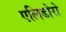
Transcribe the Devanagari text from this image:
एलिडोरो